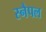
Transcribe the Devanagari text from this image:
स्नैपल